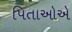
પિતાઓએ